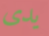
يدى